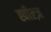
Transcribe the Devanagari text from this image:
ह्वील्ज़